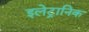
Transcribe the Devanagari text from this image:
इलेट्रानिक